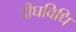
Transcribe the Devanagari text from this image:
दीघविधि